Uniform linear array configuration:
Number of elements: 12
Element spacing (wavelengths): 0.75
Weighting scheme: blackman
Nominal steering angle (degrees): -60
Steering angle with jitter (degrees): -58.242
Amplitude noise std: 0.05
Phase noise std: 0.05

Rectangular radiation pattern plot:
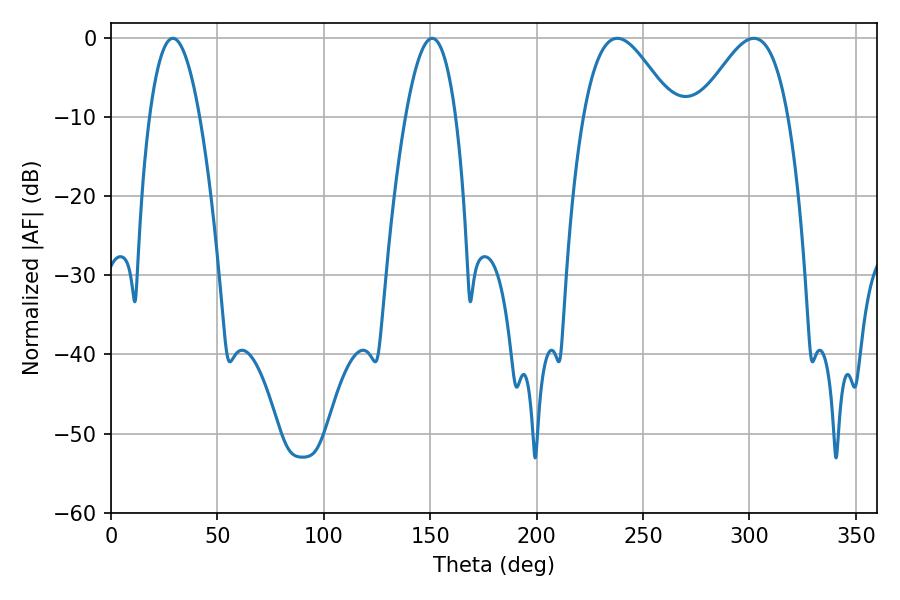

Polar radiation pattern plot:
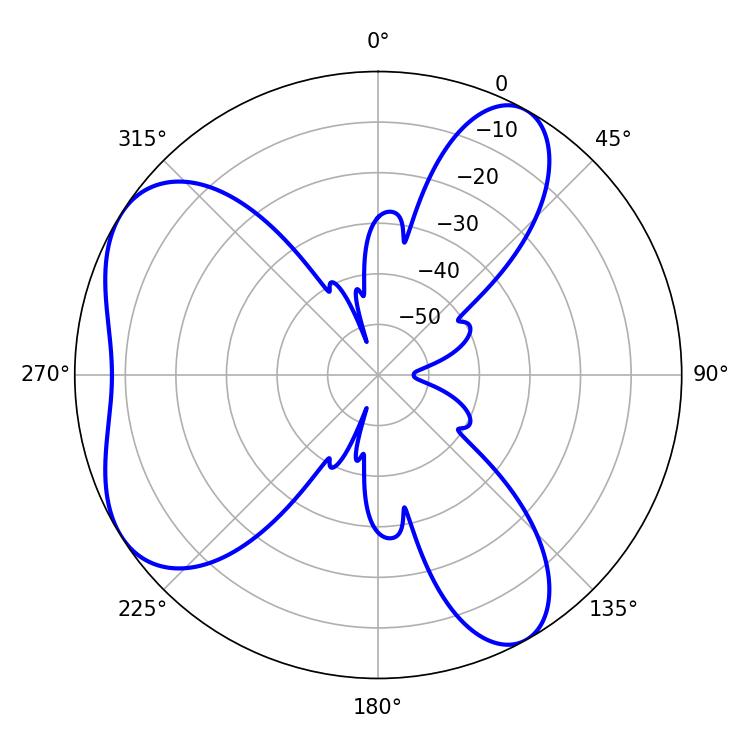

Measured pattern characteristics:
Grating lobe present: TRUE
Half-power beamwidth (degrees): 22.68
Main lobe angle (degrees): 237.96